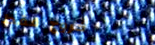
خروج فقط